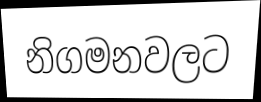
නිගමනවලට